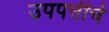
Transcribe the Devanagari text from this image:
उपपत्तीचे